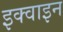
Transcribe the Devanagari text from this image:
इक्वाइन